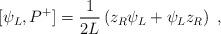
LaTeX: \begin{align*}[\psi_L,P^+] = {1\over2L}\left(z_R\psi_L + \psi_L z_R\right)\; ,\end{align*}